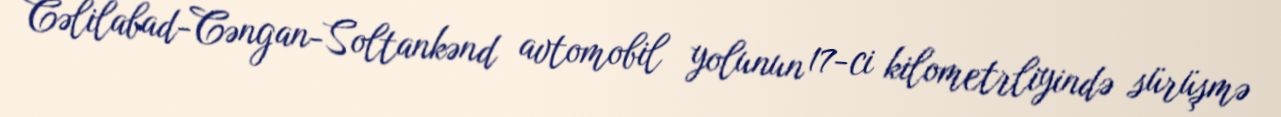
Cəlilabad-Cəngan-Soltankənd avtomobil yolunun 17-ci kilometrliyində sürüşmə